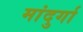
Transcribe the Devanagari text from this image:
मांदुर्गा